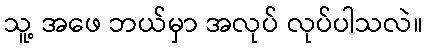
သူ့ အဖေ ဘယ်မှာ အလုပ် လုပ်ပါသလဲ။